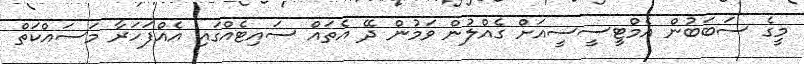
މީގެ ސަބަބުން އެމްޓީސީސީއަށް ގެއްލުން ވަމުން ދޭ އެތައް ސައިޓެއްގައި އެއްފަހަރާ މަސައްކަތް